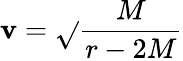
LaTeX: \mathbf{v}={\sqrt{}{{\frac{{M}}{{r-2M}}}}}